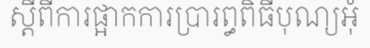
ស្តីពីការផ្អាកការប្រារព្ធពិធីបុណ្យអុំ